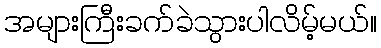
အများကြီးခက်ခဲသွားပါလိမ့်မယ်။